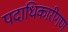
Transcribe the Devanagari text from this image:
पदाधिकारीगण